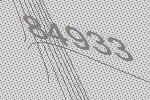
84933